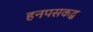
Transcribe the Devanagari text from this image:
हनपसकद्ध